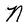
Character: N